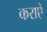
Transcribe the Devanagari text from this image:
कराऐ